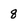
Character: q